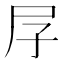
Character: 㞌